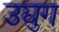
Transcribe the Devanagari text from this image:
उद्युग